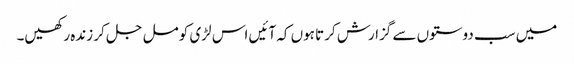
میں سب دوستوں سے گزارش کرتا ہوں کہ آئیں اس لڑی کو مل جل کر زندہ رکھیں۔